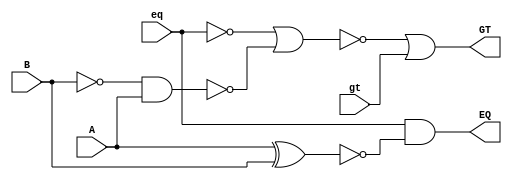
`timescale 1ns/1ns

module twoBitComparator(input A , B , input eq , gt , output EQ , GT);
  wire [0:6] j;
  not #(5 , 7) cut_not_1(j[0] , B);
  nand #(10 , 8) cut_nand_1(j[1] , j[0] , A);
  xnor #(27) cut_xnor(j[2] , A , B);
  not #(5 , 7) cut_not_2(j[3] , eq);
  nor #(10 , 14) cut_nor_1(j[4] , j[3] , j[1]);
  nand #(10 , 8) cut_nand_2(j[6] , eq , j[2]);
  not #(5 , 7) cut_not_3(EQ , j[6]);
  nor #(10 , 14) cut_nor_2(j[5] , j[4] , gt);
  not #(5 , 7) cut_not_4(GT , j[5]);
endmodule

module gt_cascadable_comparator(input A , B , input eq , gt , output EQ , GT);
  wire [0:6] j;
  assign #7 j[0] = ~B;
  assign #10 j[1] = ~(A & j[0]);
  assign #27 j[2] = ((A & B) | (~A & ~B));
  assign #7 j[3] = ~eq;
  assign #14 j[4] = ~(j[1] | j[3]);
  assign #10 j[5] = ~(j[4] | gt);
  assign #10 j[6] = ~(j[2] & eq);
  assign #7 EQ = ~j[6]; 
  assign #7 GT = ~j[5];
endmodule

module GT_Comparator(input [15:0] A , B , input eq , gt , output GT);
  wire [16:0] gt_wire , eq_wire;
  assign gt_wire[16] = 0;
  assign eq_wire[16] = 1;
  assign GT = gt_wire[0];
  genvar i;
  generate
    for(i = 15 ; i >= 0 ; i = i - 1) begin
      gt_cascadable_comparator cut_gt_component(A[i] , B[i] , eq_wire[i + 1] , gt_wire[i + 1] , eq_wire[i] , gt_wire[i]);
    end
  endgenerate
endmodule


module first_eq_ae_comparator(input[1:0] A , B , input eq , ae , output EQ , AE);
  wire [0:5] j;
  xnor #(27) cut_xnor_1(j[0] , A[1] , B[1]);
  xnor #(27) cut_xnor_2(j[1] , A[0] , B[0]);
  nand #(10 , 8) cut_nand_1(j[2] , j[0] , eq);
  not #(5 , 7) cut_not_1(j[3] , j[2]);
  nand #(10 , 8) cut_nand_2(j[4] , j[3] , j[1]);
  not #(5 , 7) cut_not_2(EQ , j[4]);
  nand #(10 , 8) cut_nand_3(j[5] , j[1] , ae);
  not #(5 , 7) cut_not_3(AE , j[5]); 
endmodule

module other_eq_ae_comparator(input A , B , input eq , ae , output EQ , AE);
  wire [0:2] j;
  xnor #(27) cut_xnor(j[0] , A , B);
  nand #(10 , 8) cut_nand_1(j[1] , j[0] , eq);
  nand #(10 , 8) cut_nand_2(j[2] , j[0] , ae);
  not #(5 , 7) cut_not_1(EQ , j[1]);
  not #(5 , 7) cut_not_2(AE , j[2]);
endmodule

module EQ_AE_Comparator(input [15:0] A , B , input eq , ae , output EQ , AE);
  wire[15:0] eq_wire , ae_wire;
  assign eq_wire[15] = 1;
  assign ae_wire[15] = 1;
  assign EQ = eq_wire[0];
  assign AE = ae_wire[0];
  first_eq_ae_comparator cut_first_component(A[15:14] , B[15:14] , eq_wire[15] , ae_wire[15] , eq_wire[14] , ae_wire[14]);
  genvar i;
  generate
    for(i = 13 ; i >= 0 ; i=i-1) begin
      other_eq_ae_comparator cut_other_components(A[i] , B[i] , eq_wire[i+1] , ae_wire[i+1] , eq_wire[i] , ae_wire[i]);
    end
  endgenerate
endmodule

module testTB();
  reg [15:0] A , B;
  reg eq = 1 , gt = 0;
  wire GT;
  GT_Comparator cut_test(A , B , eq , gt , GT);
  initial begin
    #10 A = 16'b1000000000000000 ; B = 16'b0000000000000000;
    #250 A = 16'b000000000000000 ; B = 16'b0000001000000000;
    #350 $stop;
  end
endmodule